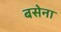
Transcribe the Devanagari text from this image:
बसेना